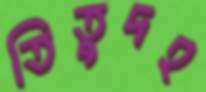
তিতুদহ